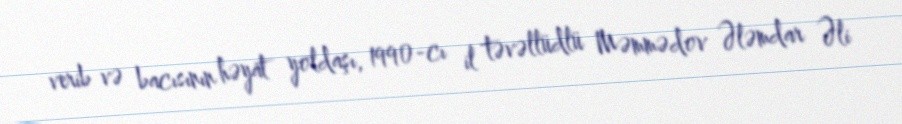
verib və bacısının həyat yoldaşı, 1990-cı il təvəllüdlü Məmmədov Ələmdar Əli